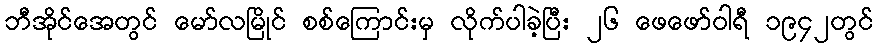
ဘီအိုင်အေတွင် မော်လမြိုင် စစ်ကြောင်းမှ လိုက်ပါခဲ့ပြီး ၂၆ ဖေဖော်ဝါရီ ၁၉၄၂တွင်